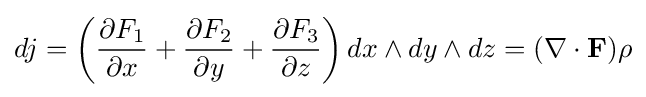
dj=\left({\frac {\partial F_{1}}{\partial x}}+{\frac {\partial F_{2}}{\partial y}}+{\frac {\partial F_{3}}{\partial z}}\right)dx\wedge dy\wedge dz=(\nabla \cdot {\mathbf {F} })\rho